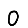
Digit: 0